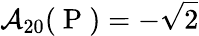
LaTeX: \mathcal{A}_{20}(\mathrm{~P~})=-\sqrt{2}